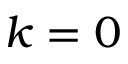
k = 0